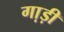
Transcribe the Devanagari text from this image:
गा़ड़ी